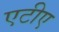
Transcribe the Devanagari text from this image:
एटीए